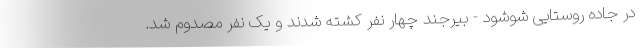
در جاده روستایی شوشود - بیرجند چهار نفر کشته شدند و یک نفر مصدوم شد.